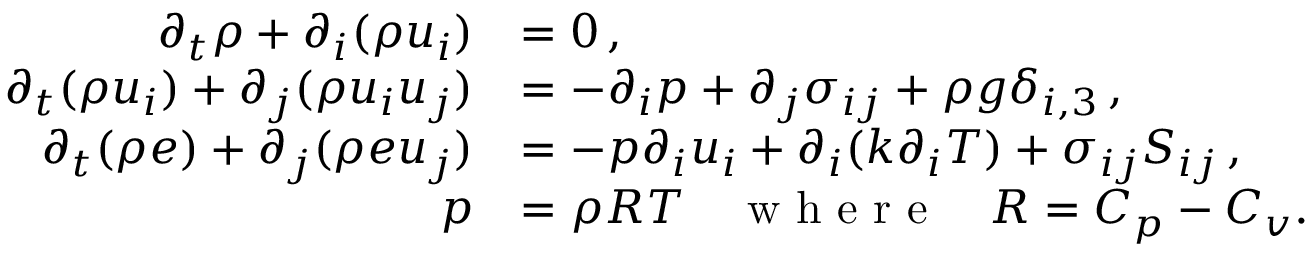
\begin{array} { r l } { \partial _ { t } \rho + \partial _ { i } ( \rho u _ { i } ) } & { = 0 \, , } \\ { \partial _ { t } ( \rho u _ { i } ) + \partial _ { j } ( \rho u _ { i } u _ { j } ) } & { = - \partial _ { i } p + \partial _ { j } \sigma _ { i j } + \rho g \delta _ { i , 3 } \, , } \\ { \partial _ { t } ( \rho e ) + \partial _ { j } ( \rho e u _ { j } ) } & { = - p \partial _ { i } u _ { i } + \partial _ { i } ( k \partial _ { i } T ) + \sigma _ { i j } S _ { i j } \, , } \\ { p } & { = \rho R T \quad \textrm { w h e r e } \quad R = C _ { p } - C _ { v } . } \end{array}